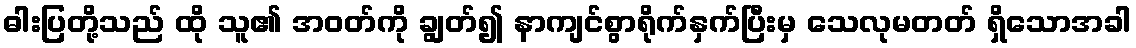
ဓါးပြတို့သည် ထို သူ၏ အဝတ်ကို ချွတ်၍ နာကျင်စွာရိုက်နှက်ပြီးမှ သေလုမတတ် ရှိသောအခါ